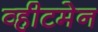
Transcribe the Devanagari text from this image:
व्हीटमेन